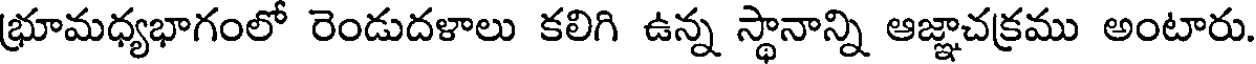
భ్రూమధ్యభాగంలో రెండుదళాలు కలిగి ఉన్న స్థానాన్ని ఆజ్ఞాచక్రము అంటారు.